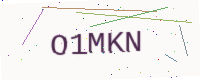
Text: O1MKN